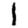
Digit: 1